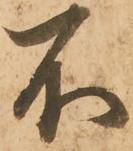
不